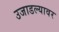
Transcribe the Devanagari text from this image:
उजाडल्यावर